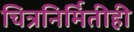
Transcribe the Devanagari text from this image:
चित्रनिर्मितीही